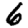
Digit: 6